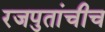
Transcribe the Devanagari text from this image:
रजपुतांचीच